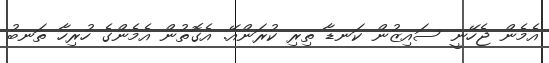
އެމެން ޖެހޭނީ ސައިޒުން ކަނޑާ ތިރި ކުރަންއޭ. އެގޮތުން އެމެންގެ ހުރިހާ ތަނބު